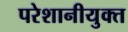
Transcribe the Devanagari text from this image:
परेशानीयुक्त